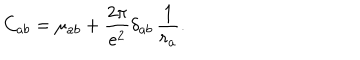
C _ { a b } = \mu _ { a b } + \frac { 2 \pi } { e ^ { 2 } } \delta _ { a b } \, \frac { 1 } { r _ { a } } .